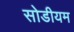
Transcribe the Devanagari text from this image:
सोडीयम